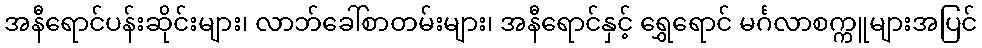
အနီရောင်ပန်းဆိုင်းများ၊ လာဘ်ခေါ်စာတမ်းများ၊ အနီရောင်နှင့် ရွှေရောင် မင်္ဂလာစက္ကူများအပြင်